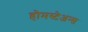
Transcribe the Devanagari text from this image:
होमस्टेअन्स